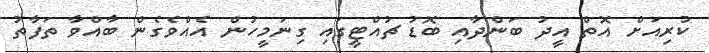
ކުރިއަށް އޮތް އީދު ބަންދާއި ބޮޑު ޗުއްޓީގައި ގިނަމީހުން އެއްވެގެން ބާއްވާ ތަފާތު